65_HS1-834228961_62-HQ-83894_Serial_130
Agency: FBI
Page 17
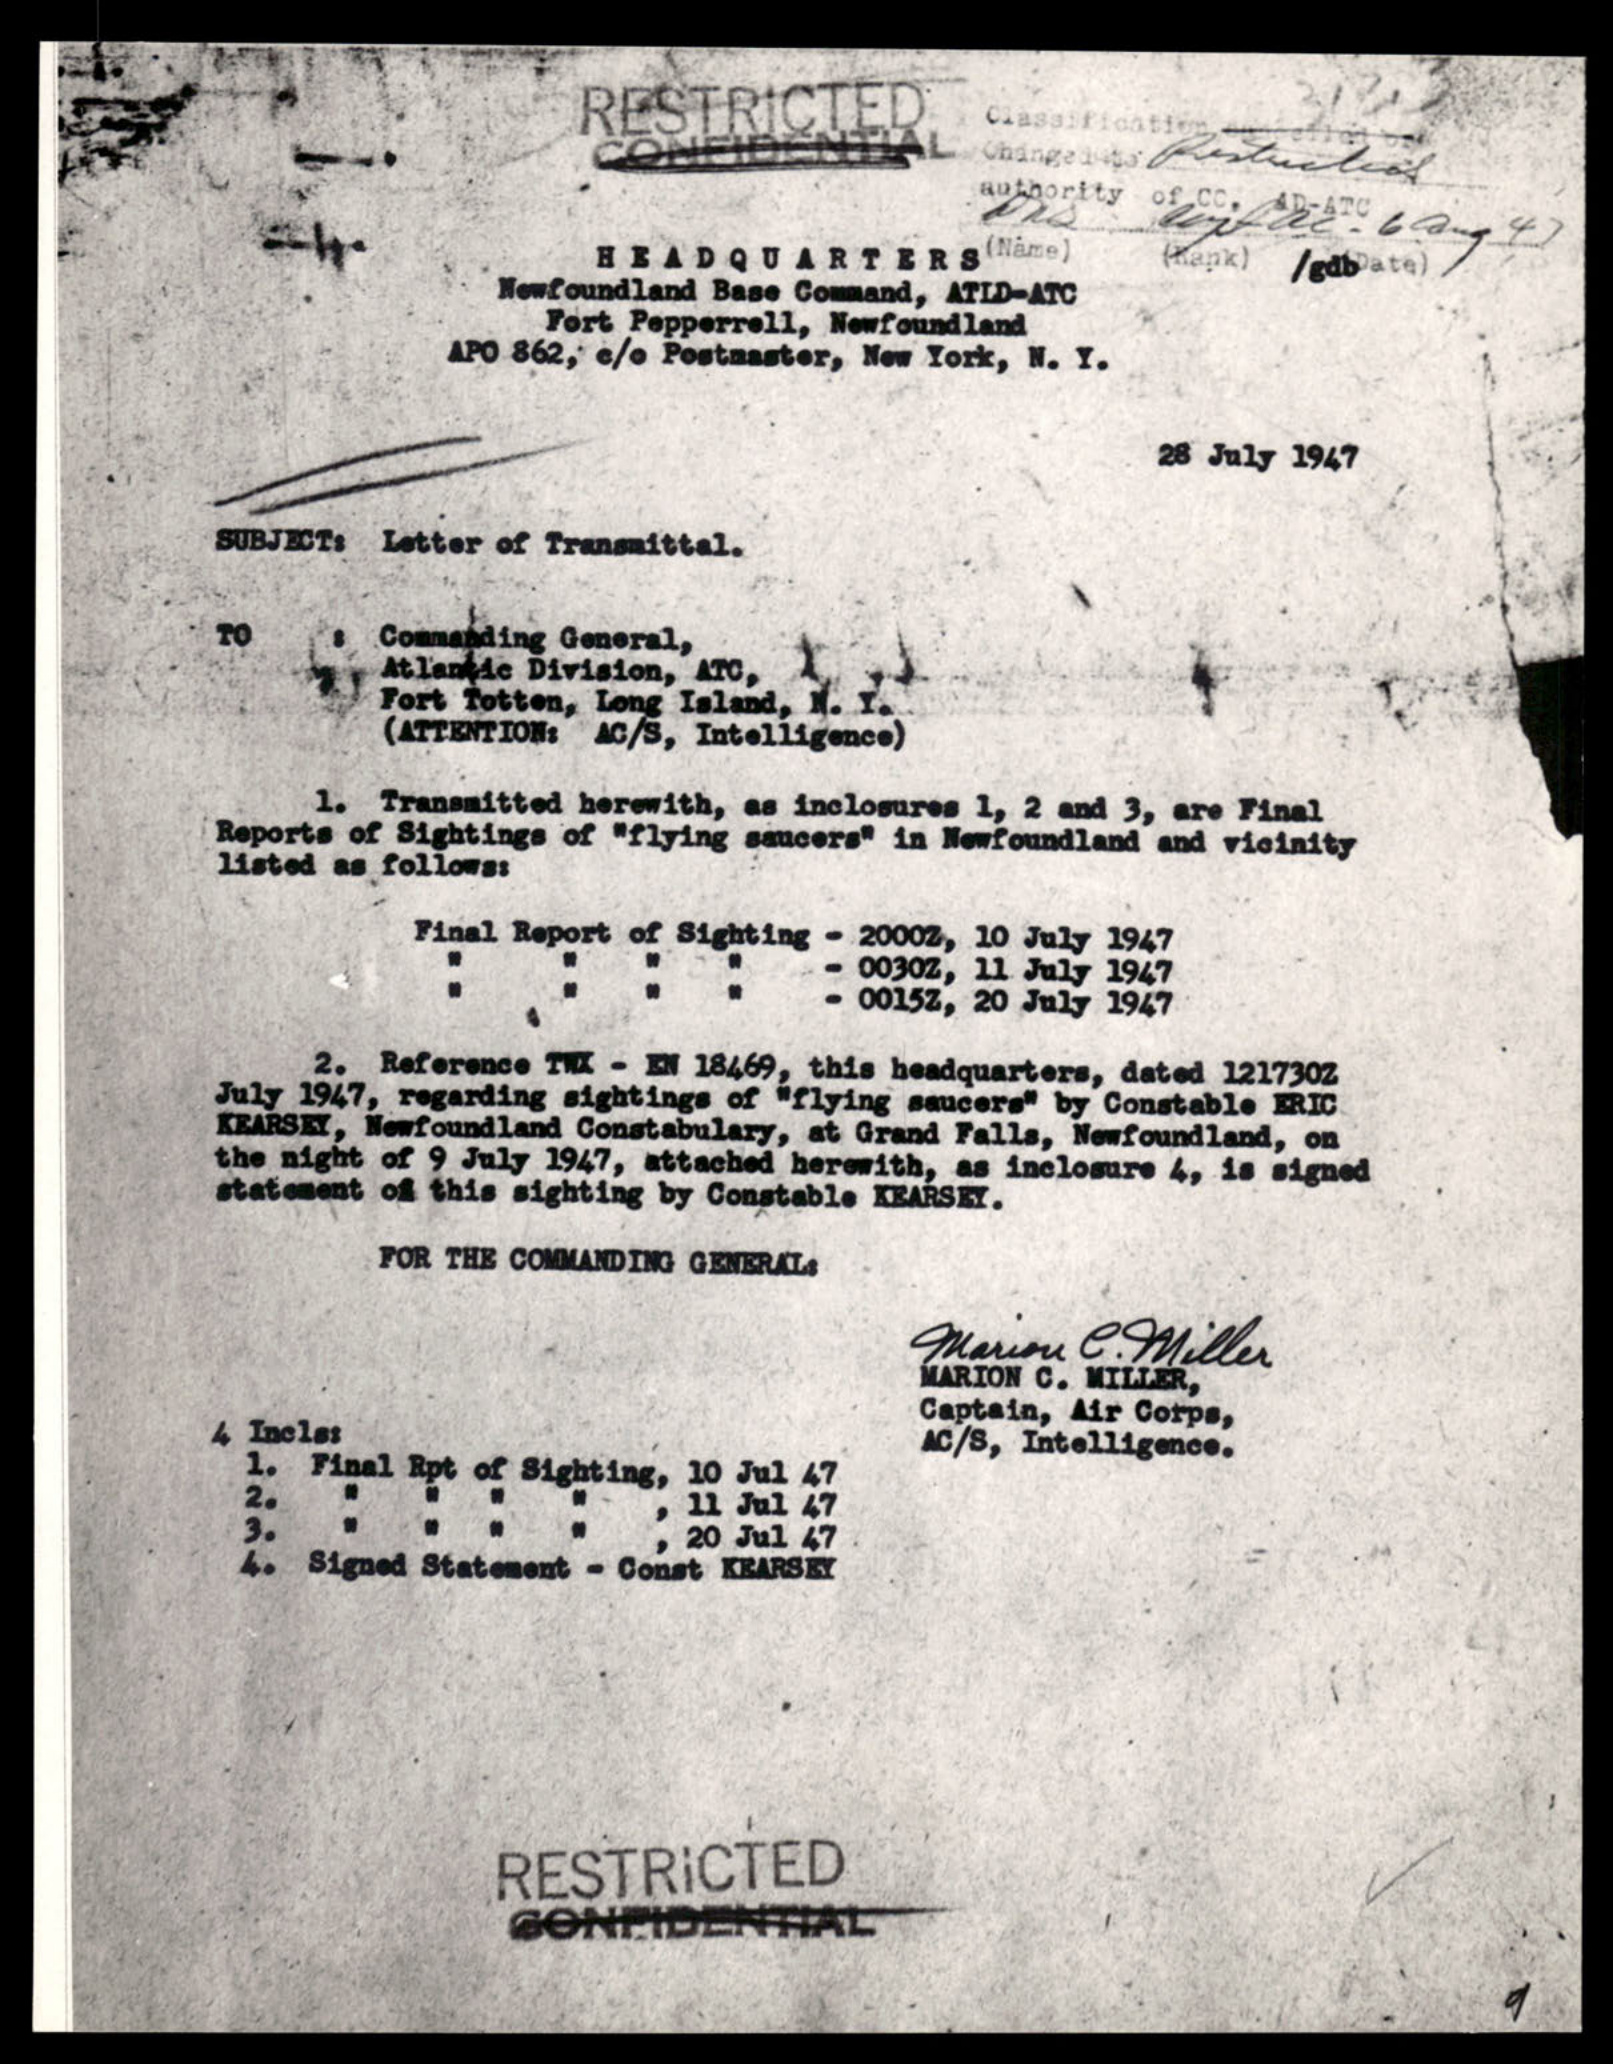